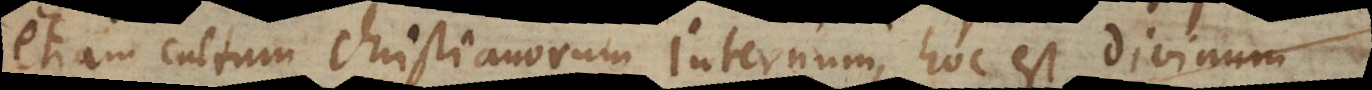
etiam cultum Christianorum internum, hoc est divinum